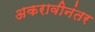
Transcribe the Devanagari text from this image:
अकरावीनंतर